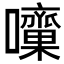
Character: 𡅁